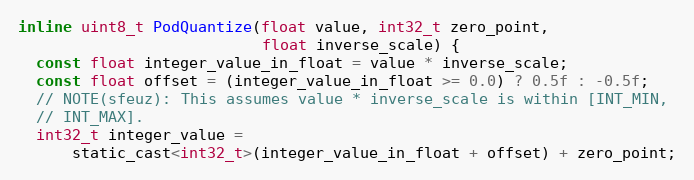
Language: C
inline uint8_t PodQuantize(float value, int32_t zero_point,
                           float inverse_scale) {
  const float integer_value_in_float = value * inverse_scale;
  const float offset = (integer_value_in_float >= 0.0) ? 0.5f : -0.5f;
  // NOTE(sfeuz): This assumes value * inverse_scale is within [INT_MIN,
  // INT_MAX].
  int32_t integer_value =
      static_cast<int32_t>(integer_value_in_float + offset) + zero_point;